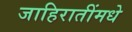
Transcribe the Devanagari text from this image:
जाहिरातींमधे